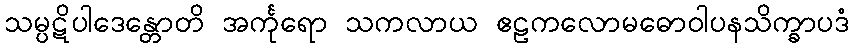
သမ္ပဋိပါဒေန္တောတိ အင်္ကုရော သကလာယ ဧဠကလောမဓောဝါပနသိက္ခာပဒံ